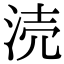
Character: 涜